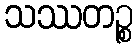
သဿတဉ္စ